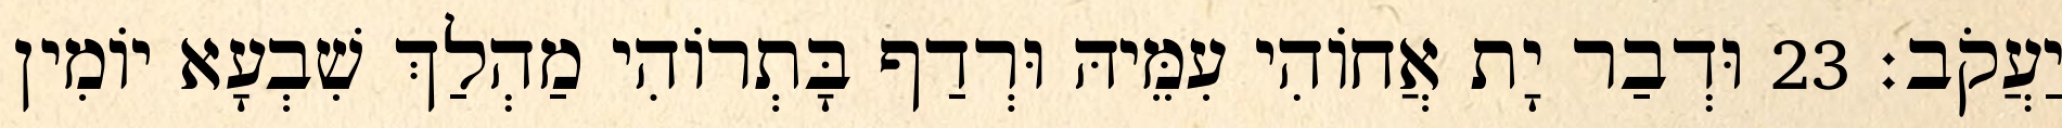
יַעֲקֹב׃ 23 וּדְבַר יָת אֲחוֹהִי עִמֵּיהּ וּרְדַף בָּתְרוֹהִי מַהְלַךְ שִׁבְעָא יוֹמִין